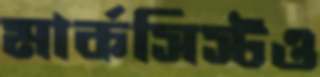
মার্কসিস্টও